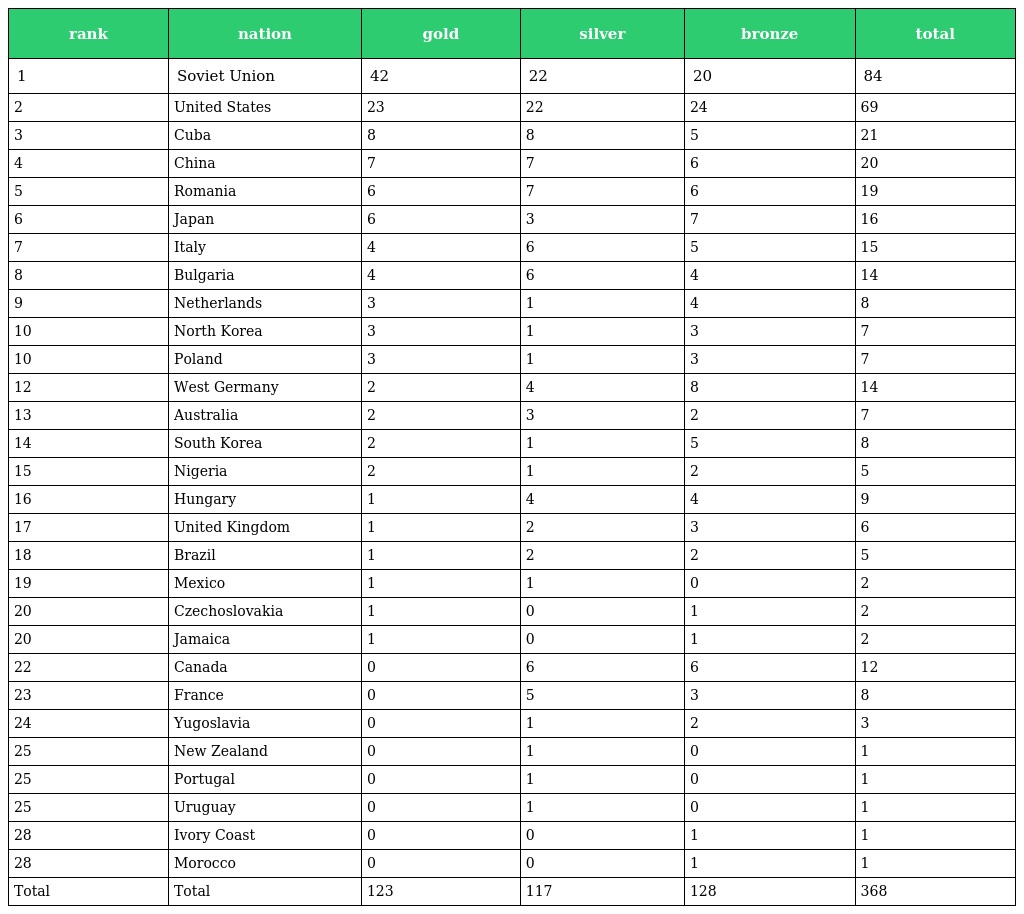
| rank | nation | gold | silver | bronze | total |
 | --- | --- | --- | --- | --- | --- |
 | 1 | Soviet Union | 42 | 22 | 20 | 84 |
 | 2 | United States | 23 | 22 | 24 | 69 |
 | 3 | Cuba | 8 | 8 | 5 | 21 |
 | 4 | China | 7 | 7 | 6 | 20 |
 | 5 | Romania | 6 | 7 | 6 | 19 |
 | 6 | Japan | 6 | 3 | 7 | 16 |
 | 7 | Italy | 4 | 6 | 5 | 15 |
 | 8 | Bulgaria | 4 | 6 | 4 | 14 |
 | 9 | Netherlands | 3 | 1 | 4 | 8 |
 | 10 | North Korea | 3 | 1 | 3 | 7 |
 | 10 | Poland | 3 | 1 | 3 | 7 |
 | 12 | West Germany | 2 | 4 | 8 | 14 |
 | 13 | Australia | 2 | 3 | 2 | 7 |
 | 14 | South Korea | 2 | 1 | 5 | 8 |
 | 15 | Nigeria | 2 | 1 | 2 | 5 |
 | 16 | Hungary | 1 | 4 | 4 | 9 |
 | 17 | United Kingdom | 1 | 2 | 3 | 6 |
 | 18 | Brazil | 1 | 2 | 2 | 5 |
 | 19 | Mexico | 1 | 1 | 0 | 2 |
 | 20 | Czechoslovakia | 1 | 0 | 1 | 2 |
 | 20 | Jamaica | 1 | 0 | 1 | 2 |
 | 22 | Canada | 0 | 6 | 6 | 12 |
 | 23 | France | 0 | 5 | 3 | 8 |
 | 24 | Yugoslavia | 0 | 1 | 2 | 3 |
 | 25 | New Zealand | 0 | 1 | 0 | 1 |
 | 25 | Portugal | 0 | 1 | 0 | 1 |
 | 25 | Uruguay | 0 | 1 | 0 | 1 |
 | 28 | Ivory Coast | 0 | 0 | 1 | 1 |
 | 28 | Morocco | 0 | 0 | 1 | 1 |
 | Total | Total | 123 | 117 | 128 | 368 |